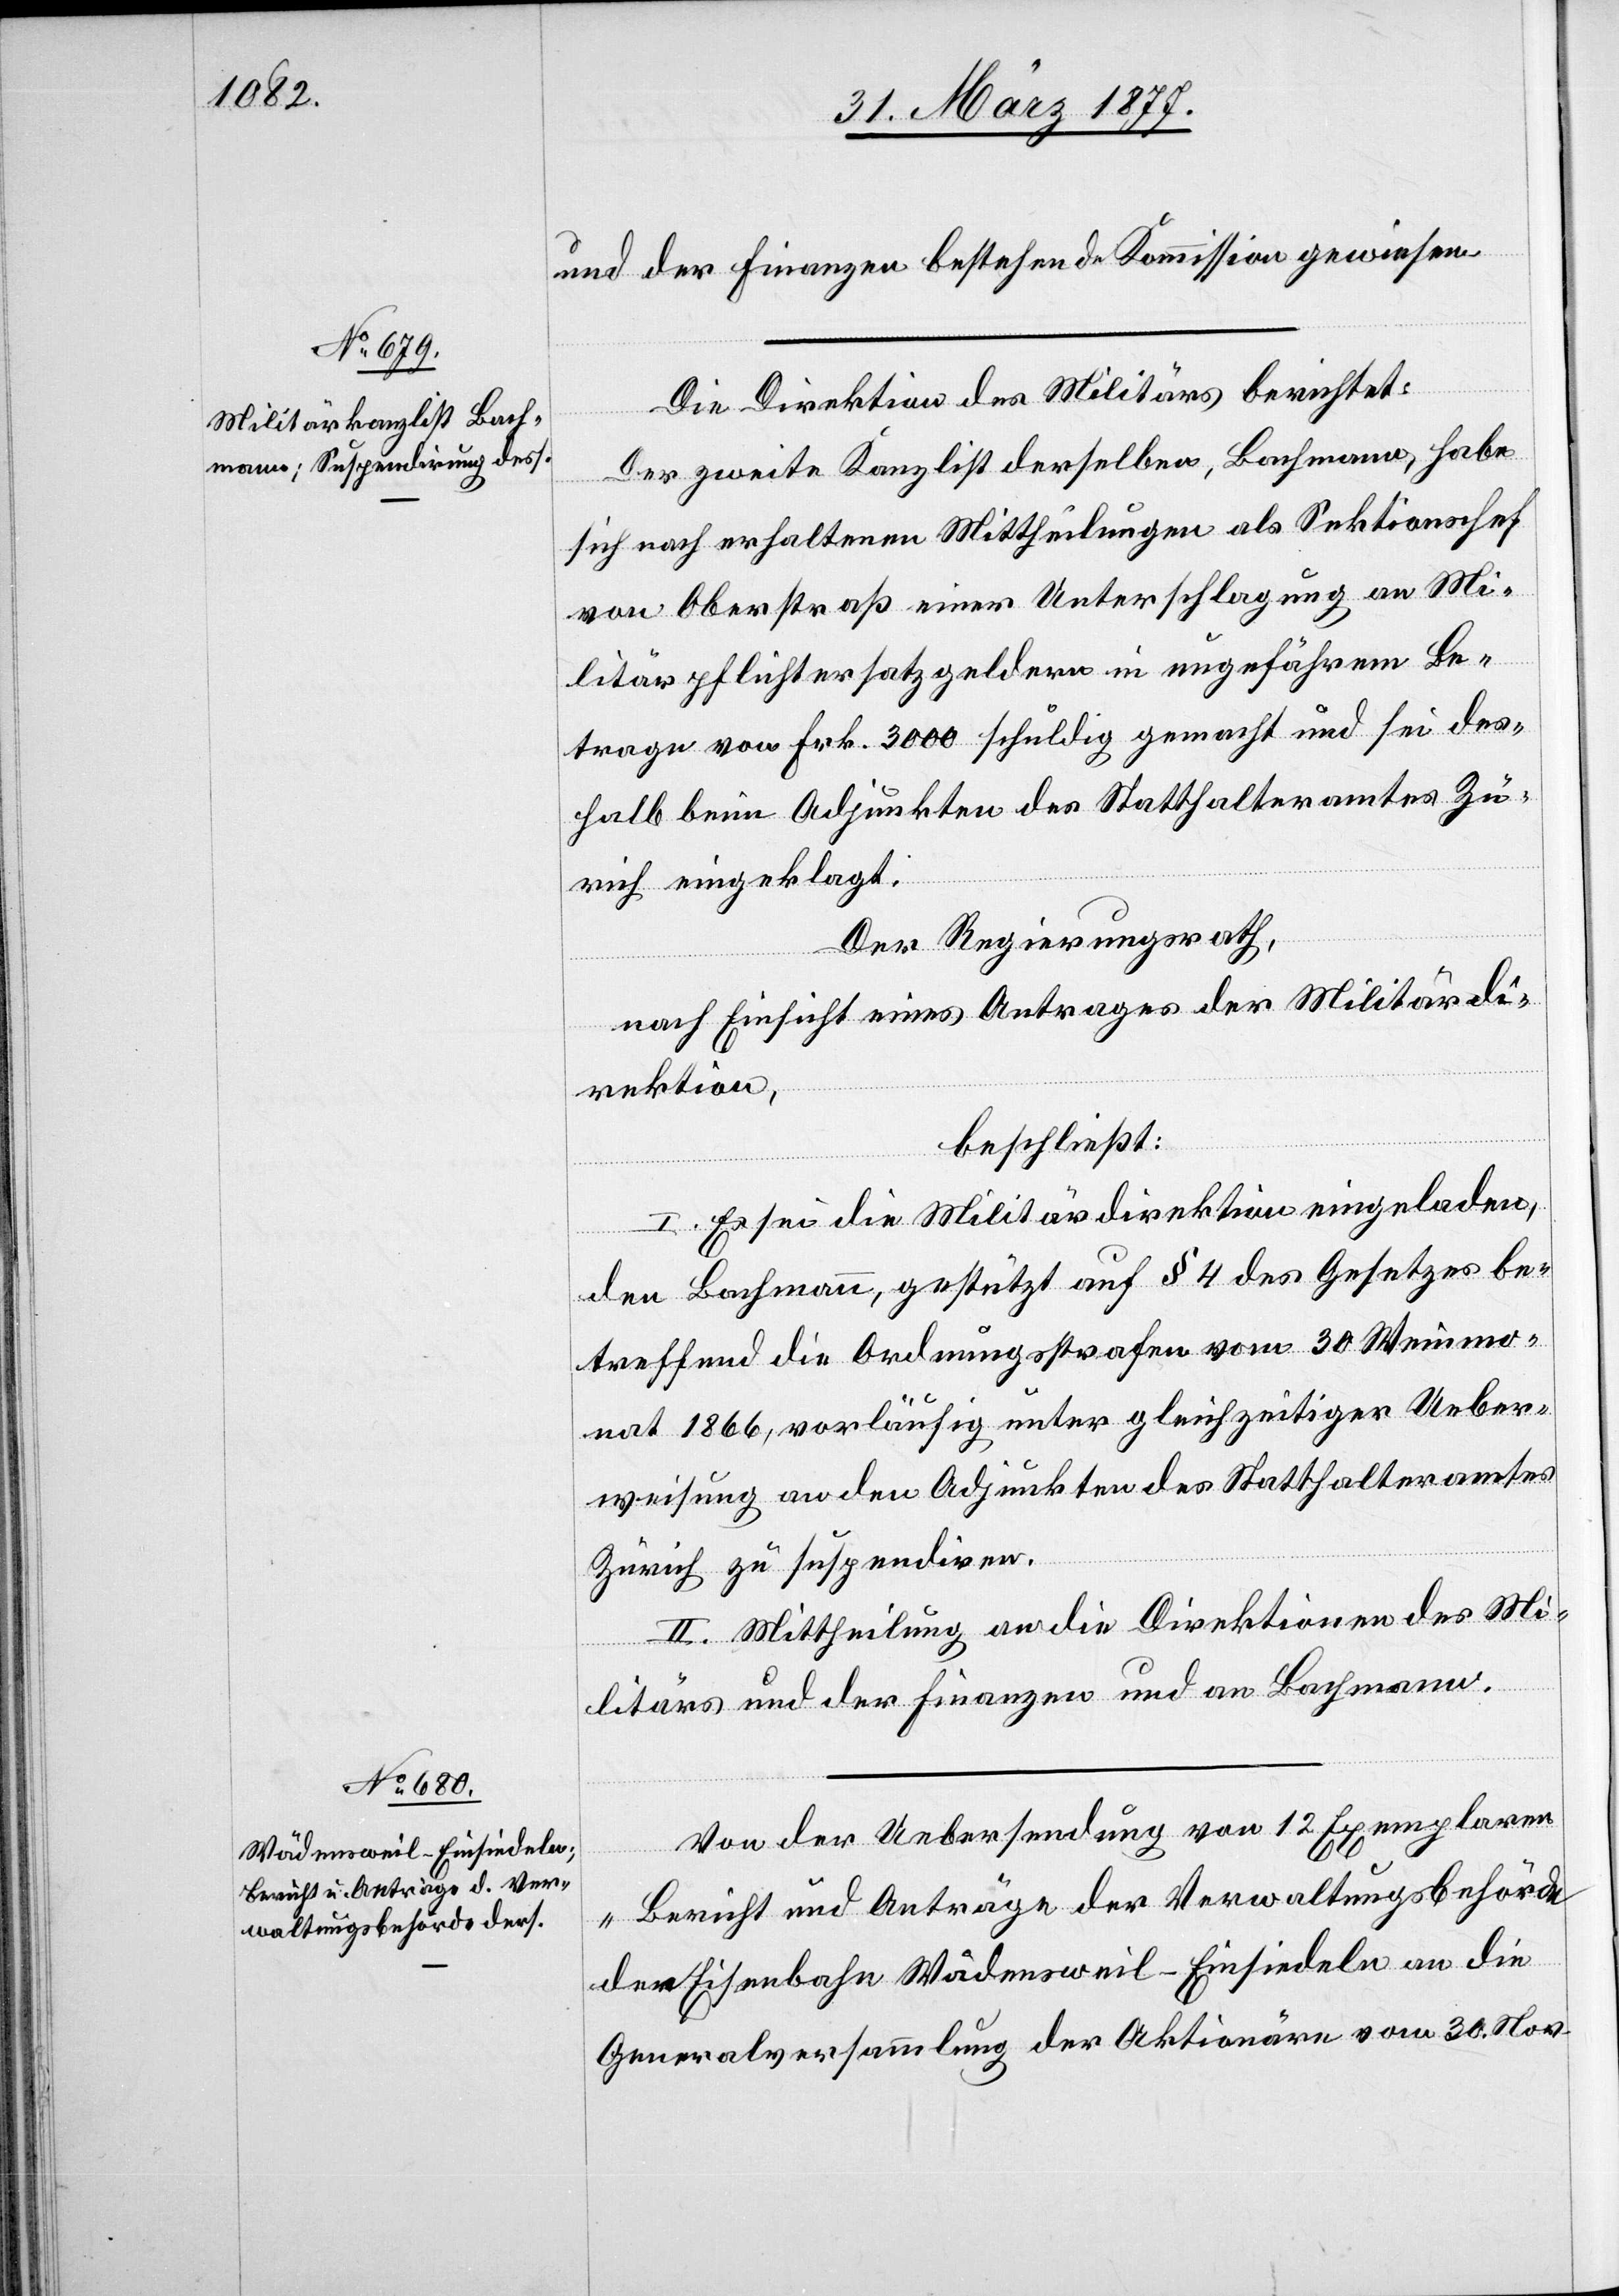
und der Finanzen bestehende Kommission gewiesen.
Die Direktion des Militärs berichtet:
Der zweite Kanzlist derselben, Bachmann, habe
sich nach erhaltenen Mittheilungen als Sektionschef
von Oberstraß einer Unterschlagung an Mi¬
litärpflichtersatzgeldern in ungefährem Be¬
trage von Frk. 3000 schuldig gemacht und sei des¬
halb beim Adjunkten des Statthalteramtes Zü¬
rich eingeklagt.
Der Regierungsrath,
nach Einsicht eines Antrages der Militärdi¬
rektion,
beschließt:
I. Es sei die Militärdirektion eingeladen,
den Bachmann, gestützt auf § 4 des Gesetzes be¬
treffend die Ordnungsstrafen vom 30. Weinmo¬
nat 1866, vorläufig unter gleichzeitiger Ueber¬
weisung an den Adjunkten des Statthalteramtes
Zürich zu suspendiren.
II. Mittheilung an die Direktionen des Mi¬
litärs und der Finanzen und an Bachmann.
Von der Uebersendung von 12 Exemplaren
„Bericht und Anträge der Verwaltungsbehörde
der Eisenbahn Wädensweil–Einsiedeln an die
Generalversammlung der Aktionäre vom 30. Nov.